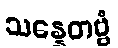
သန္နေတဗ္ဗံ